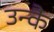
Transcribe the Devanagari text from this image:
उन्कै